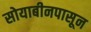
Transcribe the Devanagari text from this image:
सोयाबीनपासून